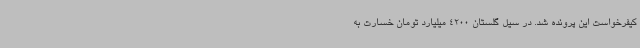
کیفرخواست این پرونده شد. در سیل گلستان 4200 میلیارد تومان خسارت به